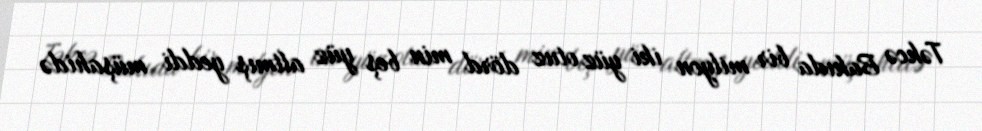
Təkcə Bakıda bir milyon iki yüz otuz dörd min beş yüz altmış yeddi müşahidə